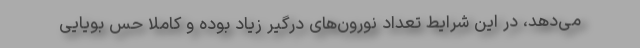
می‌دهد، در این شرایط تعداد نورون‌های درگیر زیاد بوده و کاملا حس بویایی